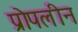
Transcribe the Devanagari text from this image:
प्रोपलीन